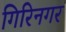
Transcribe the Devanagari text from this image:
गिरिनगर